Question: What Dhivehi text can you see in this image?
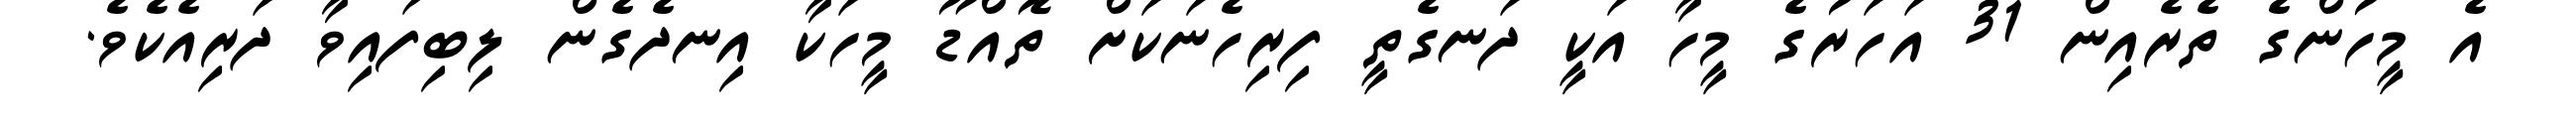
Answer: އެ މީހުންގެ ތެރެއިން 31 އަހަރުގެ މީހާ އަކީ ދަނގެތީ ފިރިހެނަކަށް ތޮއްޑޫ މީހަކާ އިނދެގެން ލިބިފައިވާ ދަރިއެކެވެ.